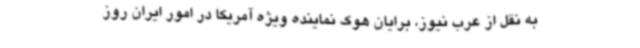
به نقل از عرب نیوز، برایان هوک نماینده ویژه آمریکا در امور ایران روز